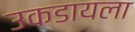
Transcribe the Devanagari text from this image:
उकडायला